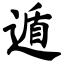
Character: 遁